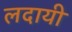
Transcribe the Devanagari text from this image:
लदायी